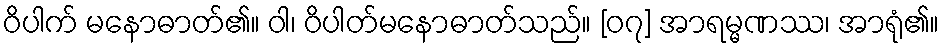
ဝိပါက် မနောဓာတ်၏။ ဝါ၊ ဝိပါတ်မနောဓာတ်သည်။ [၀၇] အာရမ္မဏဿ၊ အာရုံ၏။